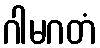
ဂါမဂတံ